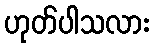
ဟုတ်ပါသလား